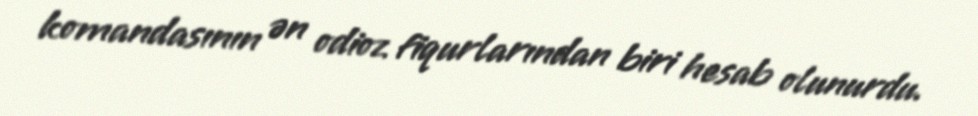
komandasının ən odioz fiqurlarından biri hesab olunurdu.